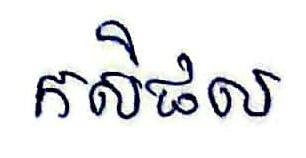
កសិផល